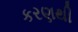
કરણથી